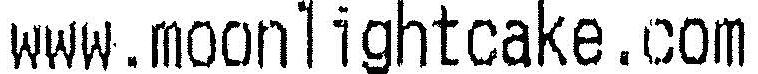
WWW.MOONLIGHTCAKE.COM